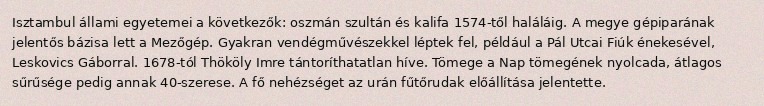
Isztambul állami egyetemei a következők: oszmán szultán és kalifa 1574-től haláláig. A megye gépiparának jelentős bázisa lett a Mezőgép. Gyakran vendégművészekkel léptek fel, például a Pál Utcai Fiúk énekesével, Leskovics Gáborral. 1678-tól Thököly Imre tántoríthatatlan híve. Tömege a Nap tömegének nyolcada, átlagos sűrűsége pedig annak 40-szerese. A fő nehézséget az urán fűtőrudak előállítása jelentette.